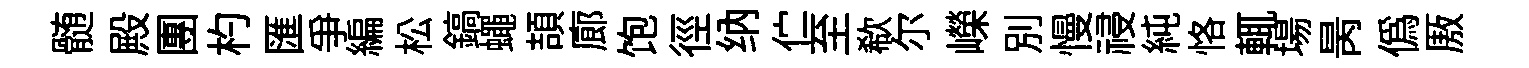
髄殿團杓匯争編松鎬蠅頡廊饱徑纳伫至欷尓嶸别慢祲純恪輒場昺偽厫